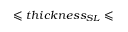
\leqslant t h i c k n e s s _ { S L } \leqslant